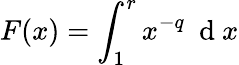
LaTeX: F(x)=\int_{1}^{r}x^{-q}\ \mathrm{~d~}x